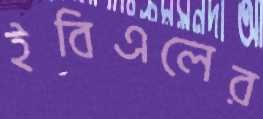
ইবিএলের